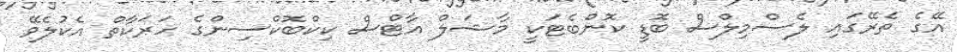
އޭގެ ތެރޭގައި ލެސްމިލްސް ބޮޑީ ކޮންބެޓަކީ މާޝަލް އާޓްސް ކިކްބޮކްސިންގެ ހަރަކާތް އެކުލެވޭ